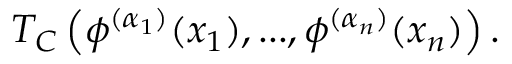
T _ { C } \left( \phi ^ { ( \alpha _ { 1 } ) } ( x _ { 1 } ) , . . . , \phi ^ { ( \alpha _ { n } ) } ( x _ { n } ) \right) .